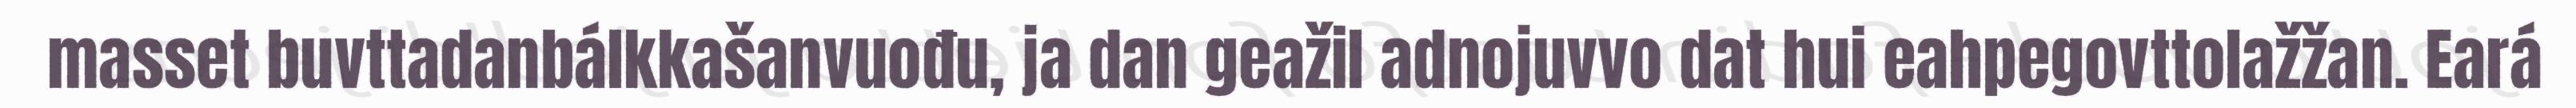
masset buvttadanbálkkašanvuođu, ja dan geažil adnojuvvo dat hui eahpegovttolažžan. Eará